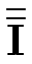
\overline { { \overline { { \mathbf { I } } } } }